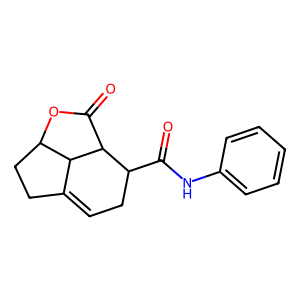
SMILES: O=C(Nc1ccccc1)C1CC=C2CCC3OC(=O)C1C23
Inhibits HIV replication: No